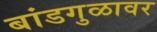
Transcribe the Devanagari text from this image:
बांडगुळावर